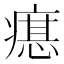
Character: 𤹛